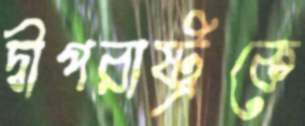
দ্বীপরাষ্ট্রকে